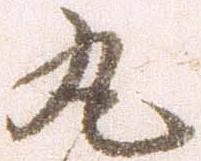
丸